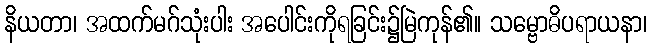
နိယတာ၊ အထက်မဂ်သုံးပါး အပေါင်းကိုရခြင်း၌မြဲကုန်၏။ သမ္ဗောဓိပရာယနာ၊